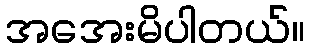
အအေးမိပါတယ်။